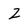
Character: 2